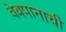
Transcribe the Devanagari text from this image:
वेबपानाची